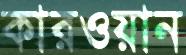
কারওয়ান